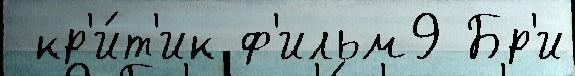
 кр'и́т'ик ф'ильм9 Бр'и